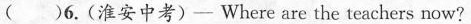
()6.(淮安中考)- Where are the teachers now?